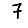
Digit: 7